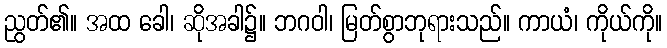
ညွတ်၏။ အထ ခေါ၊ ဆိုအခါ၌။ ဘဂဝါ၊ မြတ်စွာဘုရားသည်။ ကာယံ၊ ကိုယ်ကို။